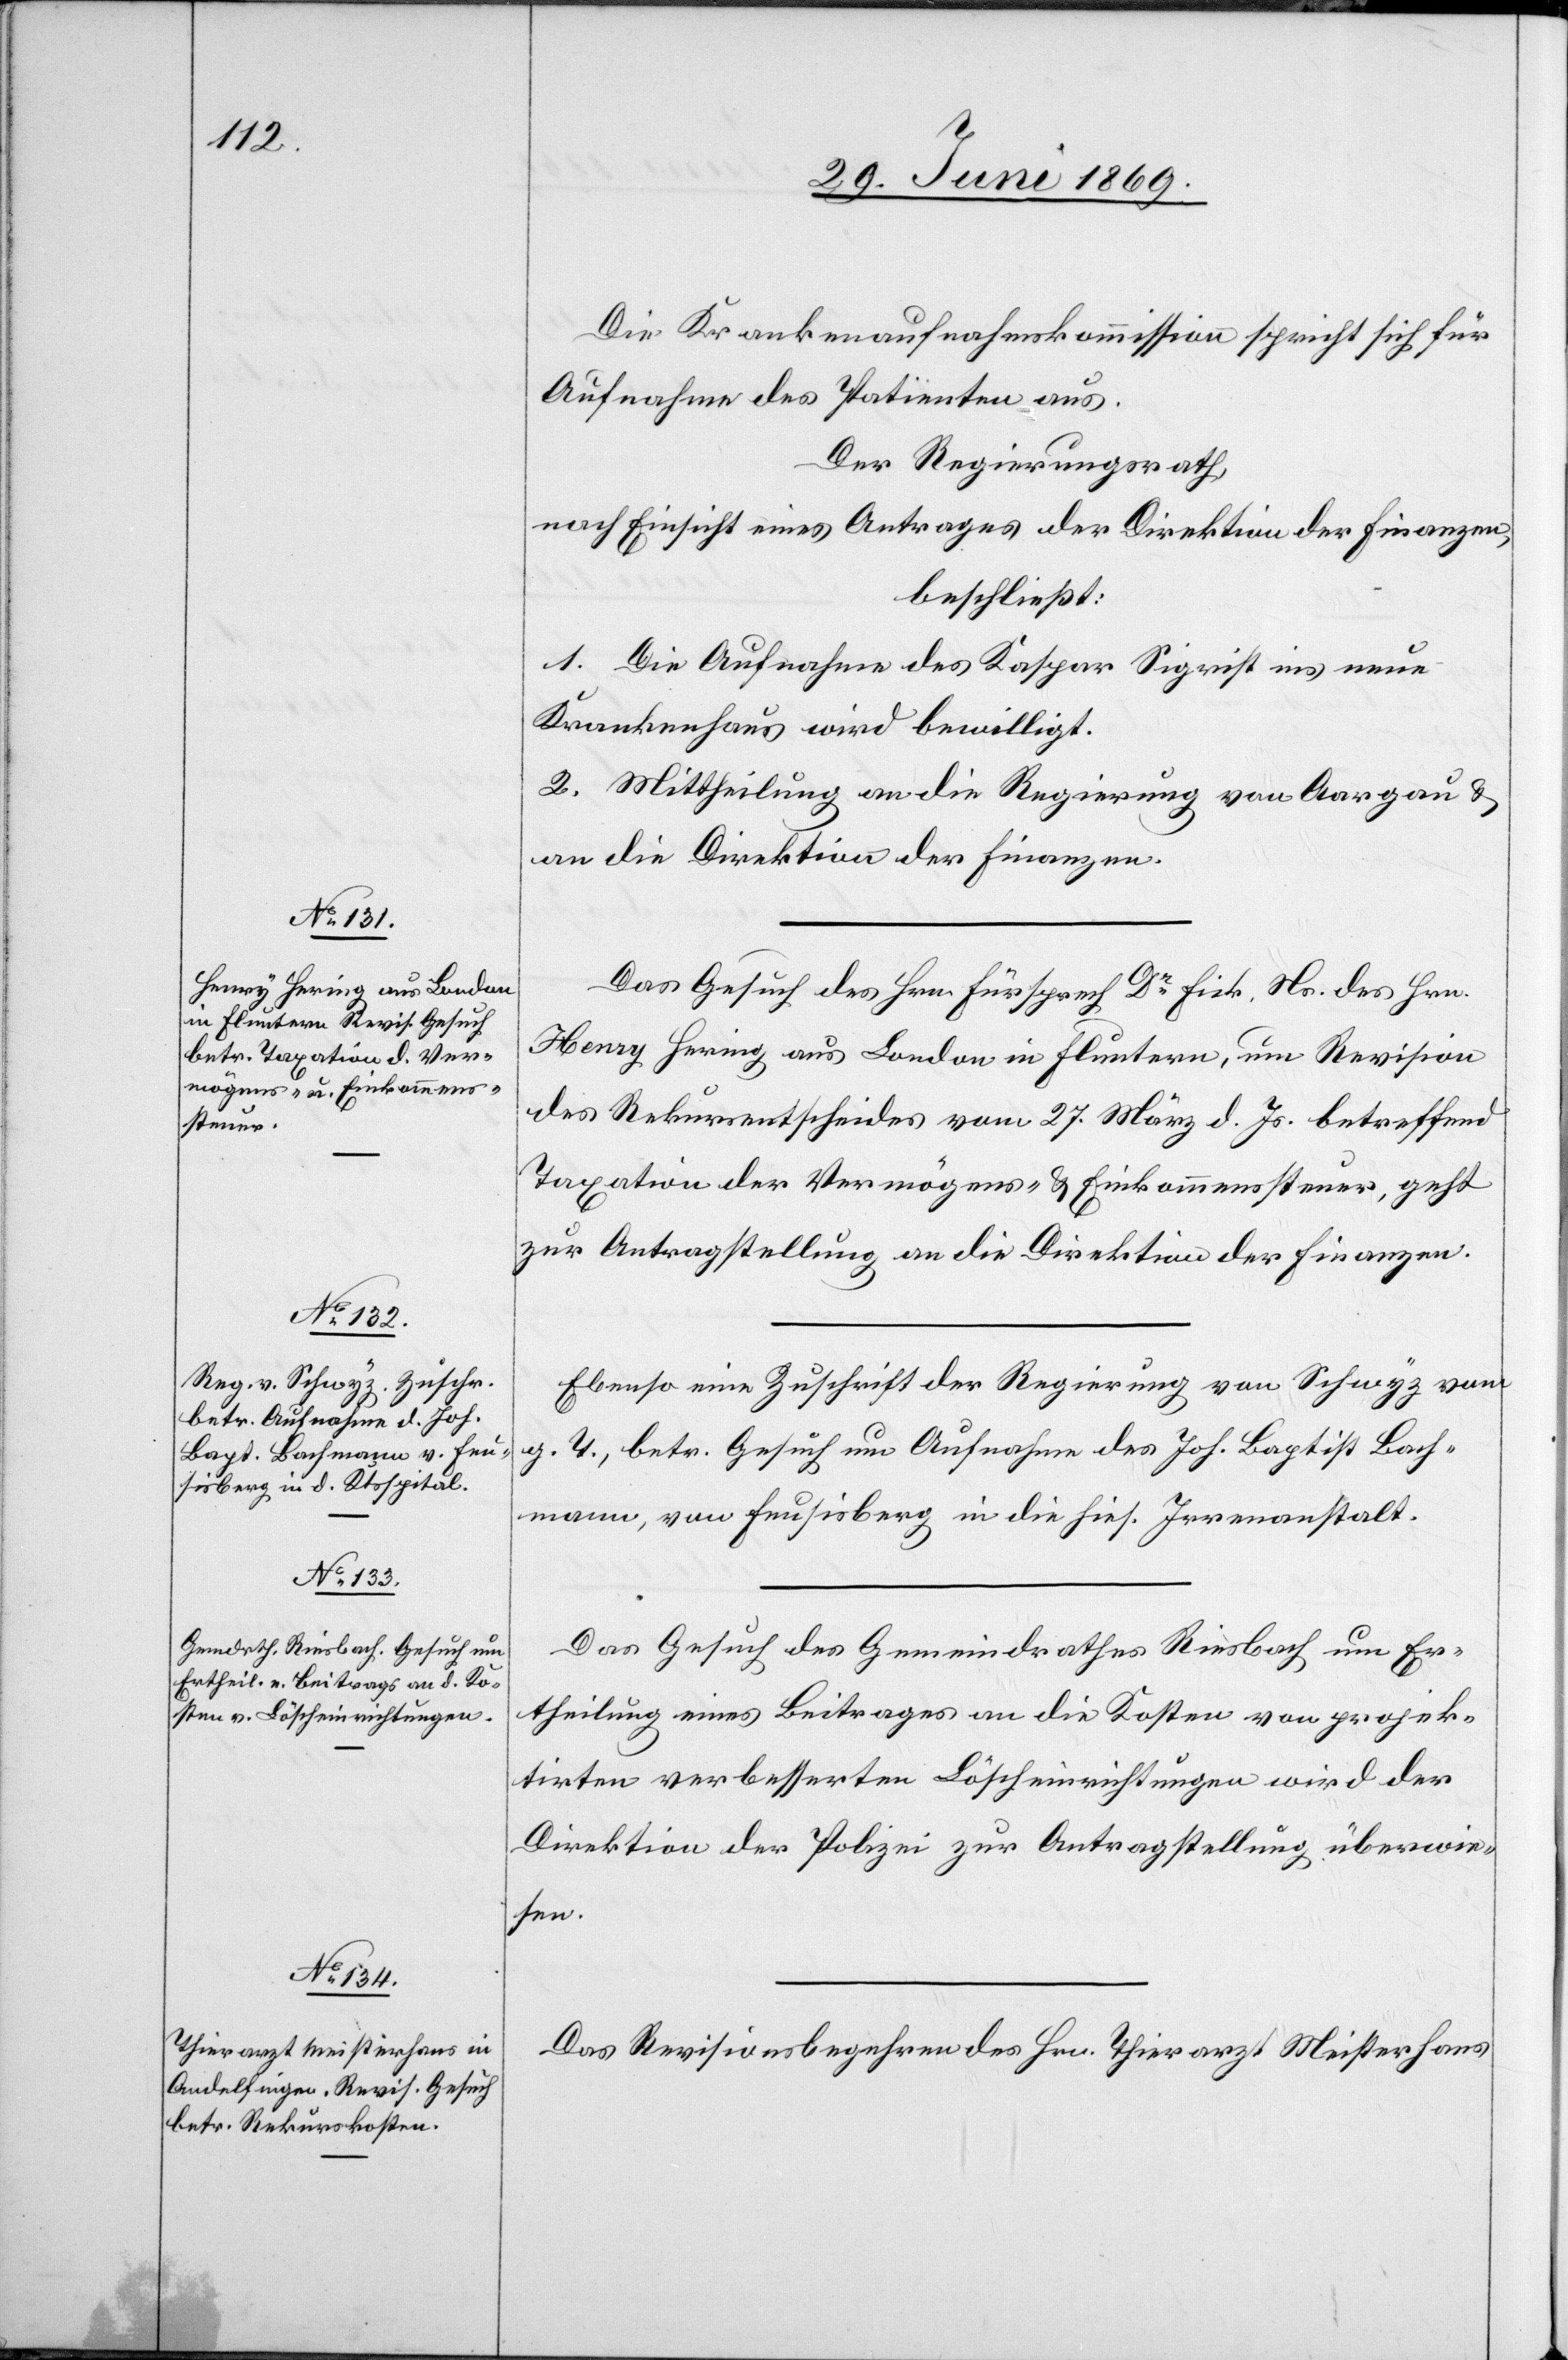
Die Krankenaufnahmskommission spricht sich für
Aufnahme des Patienten aus.
Der Regierungsrath,
nach Einsicht eines Antrages der Direktion der Finanzen,
beschließt:
1. Die Aufnahme des Kaspar Sigrist ins neue
Krankenhaus wird bewilligt.
2. Mittheilung an die Regierung von Aargau u.
an die Direktion der Finanzen.
Das Gesuch des Hrn. Fürsprech Dr Fick, Ns. des Hrn.
Henry Hering aus London in Fluntern, um Revision
des Rekursentscheides, vom 27. März d. Js. betreffend
Taxation der Vermögens- u. Einkommenssteuer, geht
zur Antragstellung an die Direktion der Finanzen.
Ebenso eine Zuschrift der Regierung von Schwyz vom
g. T., betr. Gesuch um Aufnahme des Joh. Baptist Bach¬
mann, von Feusisberg in die hies. Irrenanstalt.
Das Gesuch des Gemeindrathes Riesbach um Er¬
theilung eines Beitrages an die Kosten von projek¬
tirten verbesserten Löscheinrichtungen wird der
Direktion der Polizei zur Antragstellung überwie¬
sen.
Das Revisionsbegehren des Hrn. Thierarzt Meisterhans